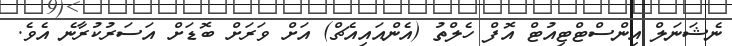
ނެޝަނަލް އިންސްޓްޓިއުޓް އޮފް ހެލްތު (އެންއައިއެޗް) އަށް ވަރަށް ބޮޑަށް އަސަރުކުރާނެ އެވެ.